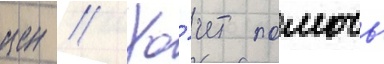
иен // Хо́чет помочь